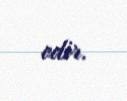
edir.